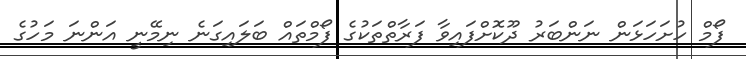
ފޯމް ހުށަހަޅަން ނަންބަރު ދޫކޮށްފައިވާ ފަރާތްތަކުގެ ފޯމްތައް ބަލައިގަނެ ނިމޭނީ އަންނަ މަހުގެ